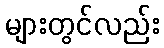
များတွင်လည်း